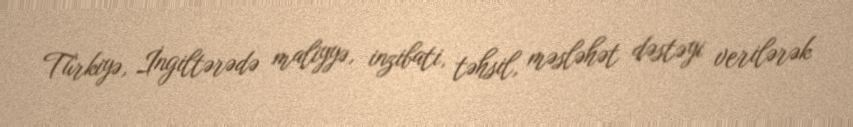
Türkiyə, İngiltərədə maliyyə, inzibati, təhsil, məsləhət dəstəyi verilərək